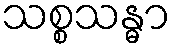
သစ္စသန္ဓာ